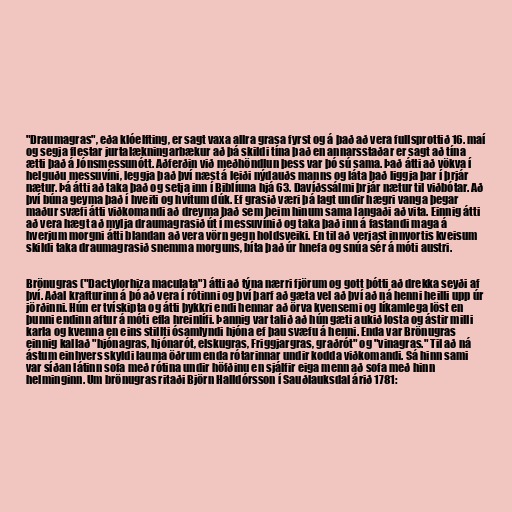
"Draumagras", eða klóelfting, er sagt vaxa allra grasa fyrst og á það að vera fullsprottið 16. maí
og segja flestar jurtalækningarbækur að þá skildi tína það en annarsstaðar er sagt að tína
ætti það á Jónsmessunótt. Aðferðin við meðhöndlun þess var þó sú sama. Það átti að vökva í
helguðu messuvíni, leggja það því næst á leiði nýdauðs manns og láta það liggja þar í þrjár
nætur. Þá átti að taka það og setja inn í Biblíuna hjá 63. Davíðssálmi þrjár nætur til viðbótar. Að
því búna geyma það í hveiti og hvítum dúk. Ef grasið væri þá lagt undir hægri vanga þegar
maður svæfi átti viðkomandi að dreyma það sem þeim hinum sama langaði að vita. Einnig átti
að vera hægt að mylja draumagrasið út í messuvínið og taka það inn á fastandi maga á
hverjum morgni átti blandan að vera vörn gegn holdsveiki. En til að verjast innvortis kveisum
skildi taka draumagrasið snemma morguns, bíta það úr hnefa og snúa sér á móti austri.

Brönugras ("Dactylorhiza maculata") átti að týna nærri fjörum og gott þótti að drekka seyði af
því. Aðal krafturinn á þó að vera í rótinni og því þarf að gæta vel að því að ná henni heilli upp úr
jörðinni. Hún er tvískipta og átti þykkri endi hennar að örva kvensemi og líkamlega löst en
þunni endinn aftur á móti efla hreinlífi. Þannig var talið að hún gæti aukið losta og ástir milli
karla og kvenna en eins stillti ósamlyndi hjóna ef þau svæfu á henni. Enda var Brönugras
einnig kallað "hjónagras, hjónarót, elskugras, Friggjargras, graðrót" og "vinagras." Til að ná
ástum einhvers skyldi lauma öðrum enda rótarinnar undir kodda viðkomandi. Sá hinn sami
var síðan látinn sofa með rótina undir höfðinu en sjálfir eiga menn að sofa með hinn
helminginn. Um brönugras ritaði Björn Halldórsson í Sauðlauksdal árið 1781: